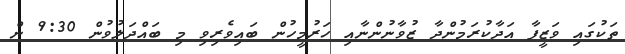
ތަކުގައި ވަޒީފާ އަދާކުރަމުންދާ ޒުވާނުންނާއި ހަރުމީހުން ބައިވެރިވި މި ބައްދަލުވުން 9:30 ން